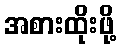
အစားထိုးဖို့